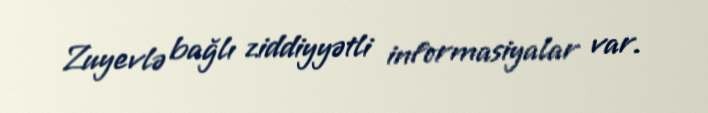
Zuyevlə bağlı ziddiyyətli informasiyalar var.